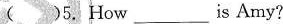
( )5. How ___ is Amy?